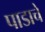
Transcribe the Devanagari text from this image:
पाडाचे